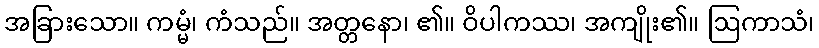
အခြားသော။ ကမ္မံ၊ ကံသည်။ အတ္တနော၊ ၏။ ဝိပါကဿ၊ အကျိုး၏။ ဩကာသံ၊